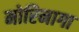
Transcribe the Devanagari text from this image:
मोरिनागा